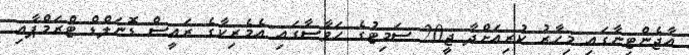
އާޖެންޓިނާގައި މިހާރު ކުރިއަށްދާ ޖީ20 ސަމިޓުގެ ހަވާސާގައި އެމެރިކާގެ ރައީސް ޑޮނަލްޑް ޓްރަމްޕާއި